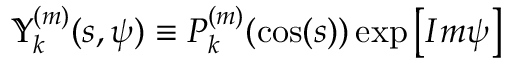
\mathbb { Y } _ { k } ^ { ( m ) } ( s , \psi ) \equiv P _ { k } ^ { ( m ) } ( \cos ( s ) ) \exp \left[ I m \psi \right]